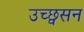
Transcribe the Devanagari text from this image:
उच्छ्वसन